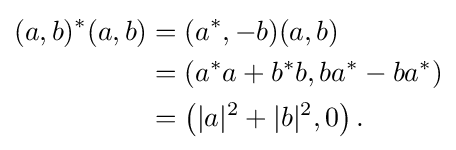
{\begin{aligned}(a,b)^{*}(a,b)&=(a^{*},-b)(a,b)\\&=(a^{*}a+b^{*}b,ba^{*}-ba^{*})\\&=\left(|a|^{2}+|b|^{2},0\right).\,\end{aligned}}